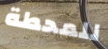
للمحطة